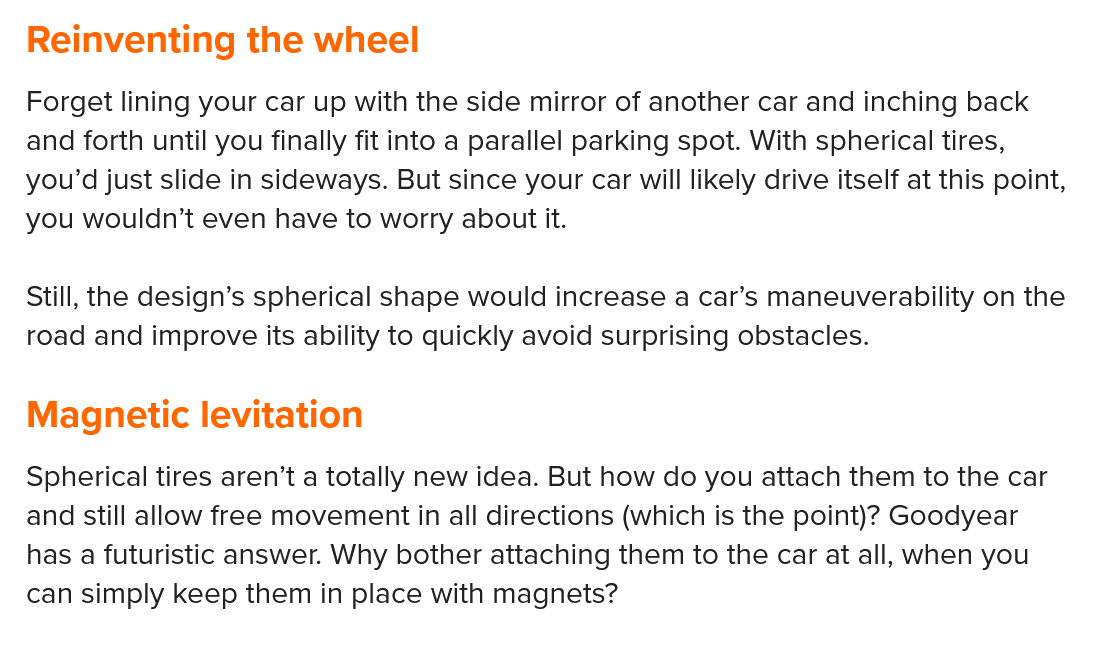
Reinventing    the  wheel
  Forget lining your car up with the side mirror of another car and inching back
  and forth until you finally fit into a parallel parking spot. With spherical tires,
  you’d just slide in sideways. But since your car will likely drive itself at this point,
  you wouldn’t even have to worry about it.
  Still, the design’s spherical shape would increase a car’s maneuverability on the
  road and improve its ability to quickly avoid surprising obstacles.
  Spherical tires aren’t a totally new idea. But how do you attach them to the car
  and still allow free movement in all directions (which is the point)? Goodyear
  has a futuristic answer. Why bother attaching them to the car at all, when you
  can simply keep them in place with magnets?
  Magnetic    levitation